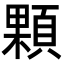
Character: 顆